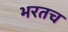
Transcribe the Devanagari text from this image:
भरतच